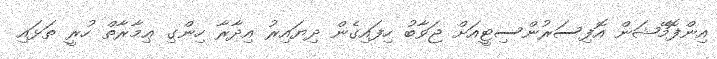
އިންފޮމޭޝަން އޮފިސަރުންސިޓީއަށް ޖަވާބު ހިފައިގެން ދިޔައިރު އިދާރާ ހިންގި ޢިމާރާތް ހުރީ ތަޅައި